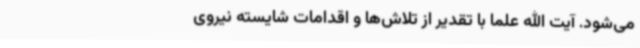
می‌شود. آیت الله علما با تقدیر از تلاش‌ها و اقدامات شایسته نیروی